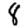
Digit: 8